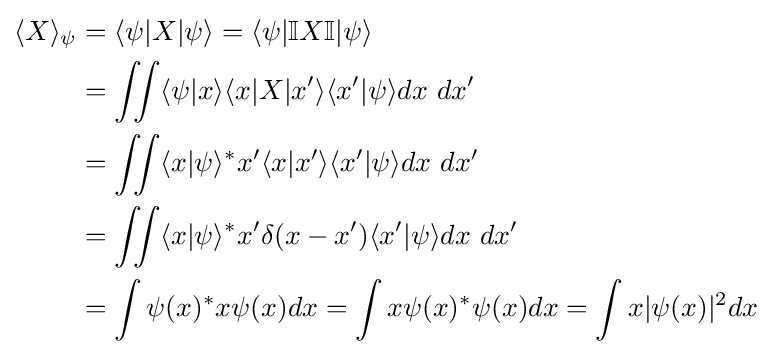
{\begin{aligned}\langle X\rangle _{\psi }&=\langle \psi |X|\psi \rangle =\langle \psi |\mathbb {I} X\mathbb {I} |\psi \rangle \\&=\iint \langle \psi |x\rangle \langle x|X|x'\rangle \langle x'|\psi \rangle dx\ dx'\\&=\iint \langle x|\psi \rangle ^{*}x'\langle x|x'\rangle \langle x'|\psi \rangle dx\ dx'\\&=\iint \langle x|\psi \rangle ^{*}x'\delta (x-x')\langle x'|\psi \rangle dx\ dx'\\&=\int \psi (x)^{*}x\psi (x)dx=\int x\psi (x)^{*}\psi (x)dx=\int x|\psi (x)|^{2}dx\end{aligned}}